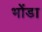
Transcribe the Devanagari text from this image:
भोंडा